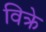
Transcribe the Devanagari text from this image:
विक्रे